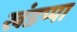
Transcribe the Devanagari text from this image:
खंडप्पा